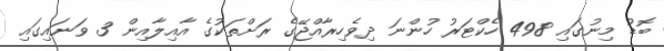
ބޮޑު މިނުގައި 498 ހެކްޓަރު ހުންނަ ދިވެހިރާއްޖޭގެ ރަށްތަކުގެ އާއިލާއިން 3 ވަނައިގައި